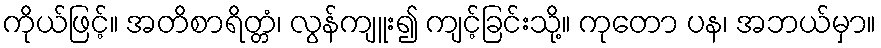
ကိုယ်ဖြင့်။ အတိစာရိတ္တံ၊ လွန်ကျူး၍ ကျင့်ခြင်းသို့။ ကုတော ပန၊ အဘယ်မှာ။